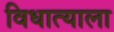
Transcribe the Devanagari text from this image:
विधात्याला